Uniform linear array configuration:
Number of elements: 64
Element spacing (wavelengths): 1
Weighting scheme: hann
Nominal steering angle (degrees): -30
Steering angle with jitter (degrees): -29.359
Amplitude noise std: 0.05
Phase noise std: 0.05

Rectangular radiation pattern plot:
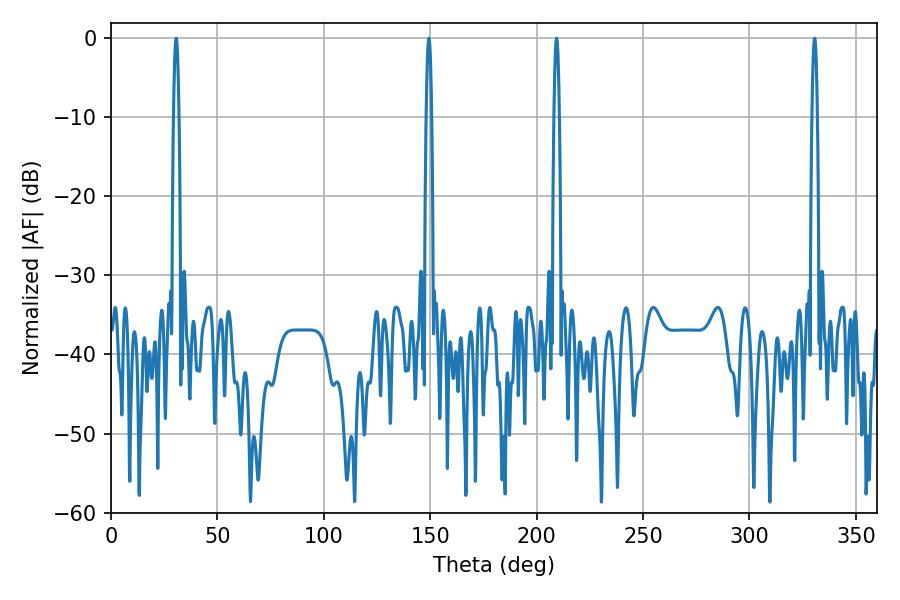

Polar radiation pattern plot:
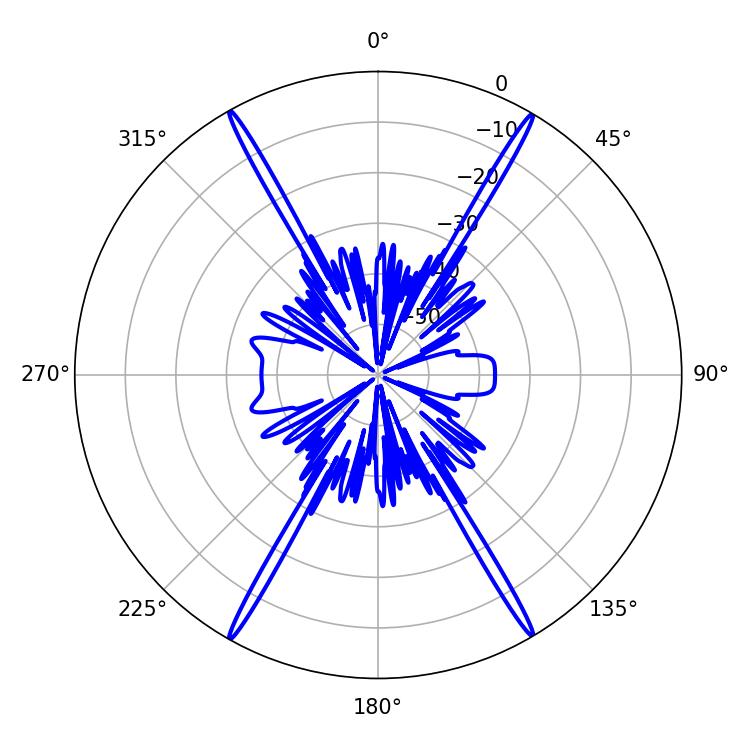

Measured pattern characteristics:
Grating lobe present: TRUE
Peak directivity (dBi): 31.857
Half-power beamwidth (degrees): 1.44
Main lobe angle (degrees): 30.6